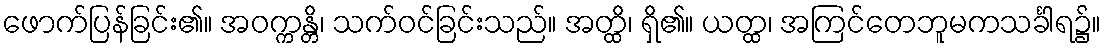
ဖောက်ပြန်ခြင်း၏။ အဝက္ကန္တိ၊ သက်ဝင်ခြင်းသည်။ အတ္ထိ၊ ရှိ၏။ ယတ္ထ၊ အကြင်တေဘူမကသင်္ခါရ၌။